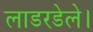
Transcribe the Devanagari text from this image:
लाडरडेले।